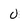
Character: 0